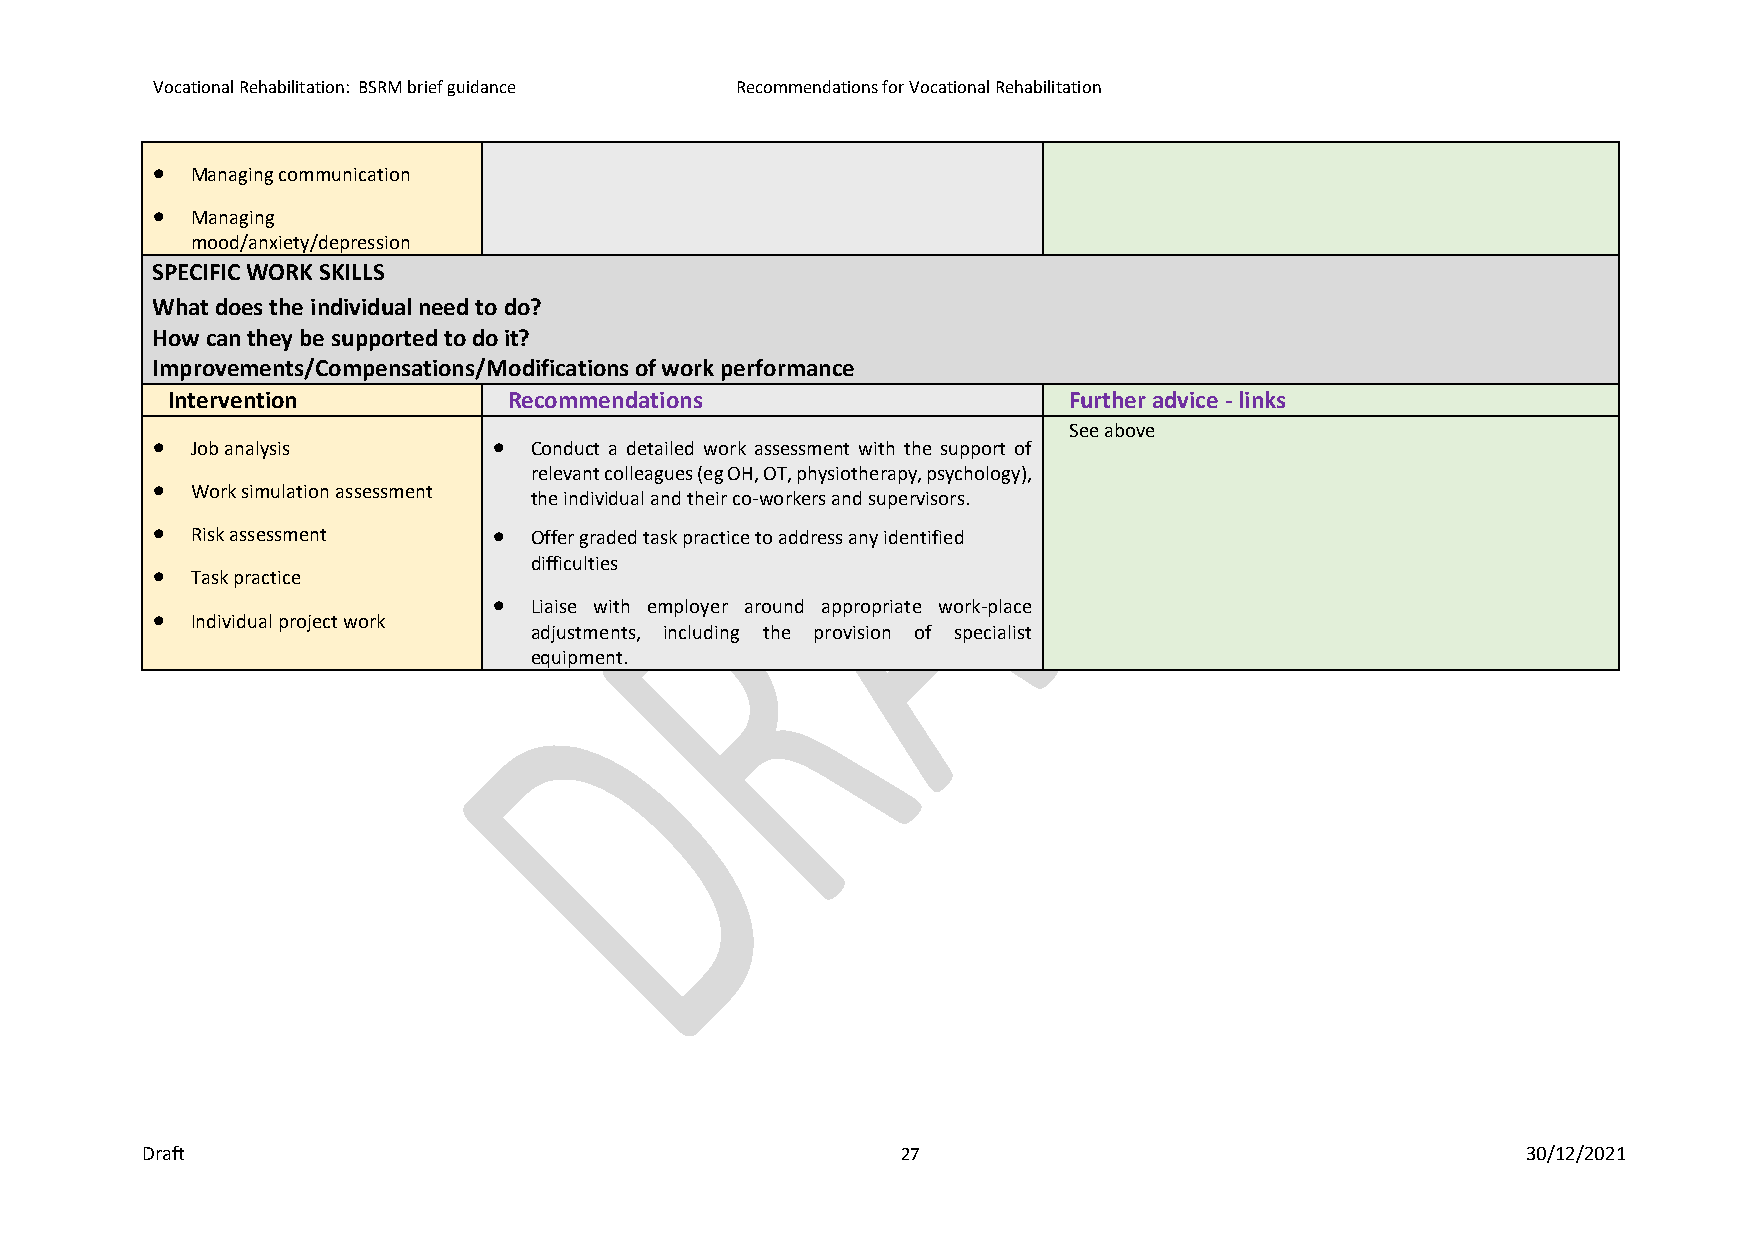
Vocational Rehabilitation: BSRM brief guidance Recommendations for Vocational Rehabilitation
 •  Managing communication
 •  Managing
 mood/anxiety/depression
 SPECIFIC WORK SKILLS
 What does the individual need to do?
 How can they be supported to do it?
 Improvements/Compensations/Modifications of work performance
 Intervention           Recommendations                      Further advice - links
 See above
 •  Job analysis        • Conduct a detailed work assessment with the support of
 relevant colleagues (eg OH, OT, physiotherapy, psychology),
 •  Work simulation assessment
 the individual and their co-workers and supervisors.
 •  Risk assessment     • Offer graded task practice to address any identified
 difficulties
 •  Task practice
 • Liaise with employer around appropriate work-place
 •  Individual project work
 adjustments, including the provision of specialist
 equipment.
 Draft                                              27                                       30/12/2021